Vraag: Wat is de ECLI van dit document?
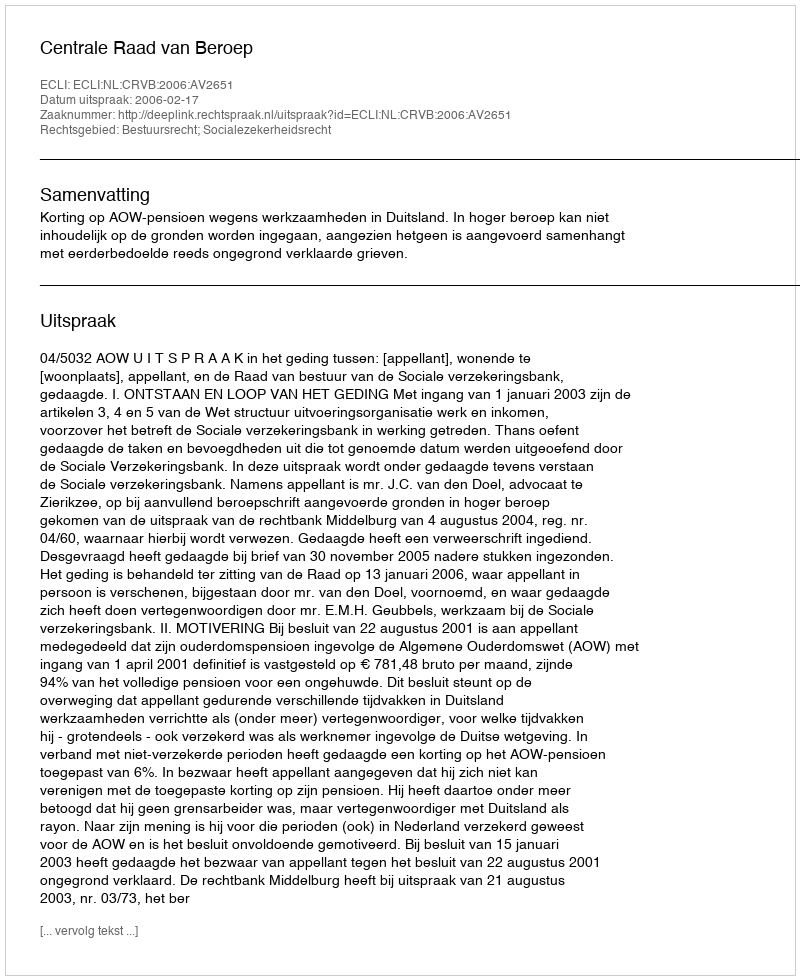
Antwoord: ECLI:NL:CRVB:2006:AV2651